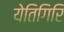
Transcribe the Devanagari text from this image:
येतिगिरि